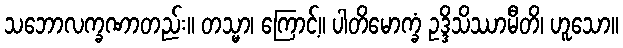
သဘောလက္ခဏာတည်း။ တသ္မာ၊ ကြောင့်။ ပါတိမောက္ခံ ဥဒ္ဒိသိဿာမီတိ၊ ဟူသော။